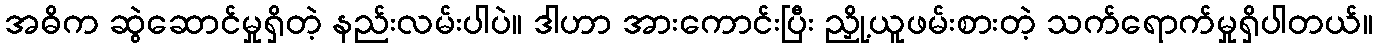
အဓိက ဆွဲဆောင်မှုရှိတဲ့ နည်းလမ်းပါပဲ။ ဒါဟာ အားကောင်းပြီး ညှို့ယူဖမ်းစားတဲ့ သက်ရောက်မှုရှိပါတယ်။